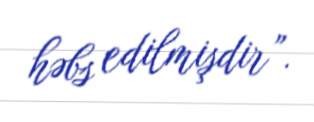
həbs edilmişdir”.